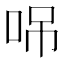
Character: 𠲢